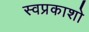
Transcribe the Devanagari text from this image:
स्वप्रकाशो